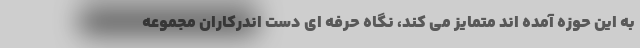
به این حوزه آمده اند متمایز می کند، نگاه حرفه ای دست اندرکاران مجموعه